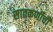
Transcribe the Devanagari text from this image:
सातकर्णीची